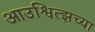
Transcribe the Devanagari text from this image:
आउश्वित्झच्या